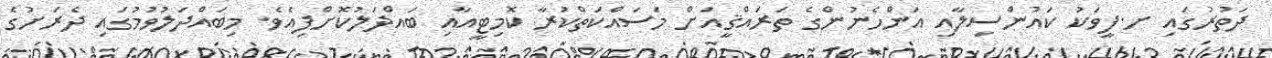
ދަތުރުގައި ށ.ފީވަކު ކައުންސިލާއި އަންހެނުންގެ ތަރައްޤީއަށް މަސައްކަތްކުރާ ކޮމިޓީއާއި ބައްދަލުކޮށްފިއެވެ. މިބައްދަލުވުމުގައި ދެރަށުގެ